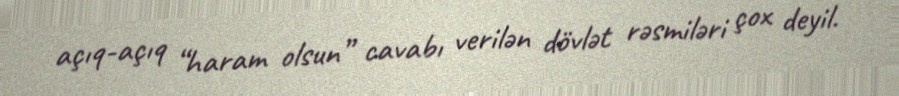
açıq-açıq “haram olsun” cavabı verilən dövlət rəsmiləri çox deyil.